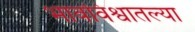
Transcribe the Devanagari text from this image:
भावविश्वातल्या